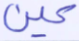
عين